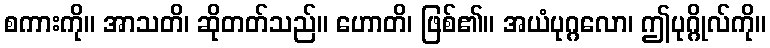
စကားကို။ အာသတိ၊ ဆိုတတ်သည်။ ဟောတိ၊ ဖြစ်၏။ အယံပုဂ္ဂလော၊ ဤပုဂ္ဂိုလ်ကို။